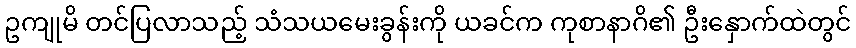
ဥကျုမိ တင်ပြလာသည့် သံသယမေးခွန်းကို ယခင်က ကုစာနာဂိ၏ ဦးနှောက်ထဲတွင်